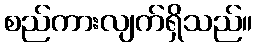
စည်ကားလျက်ရှိသည်။